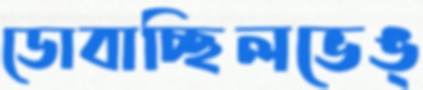
ডোবাচ্ছিলভেঙ্